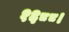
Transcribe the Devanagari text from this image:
१६८८।